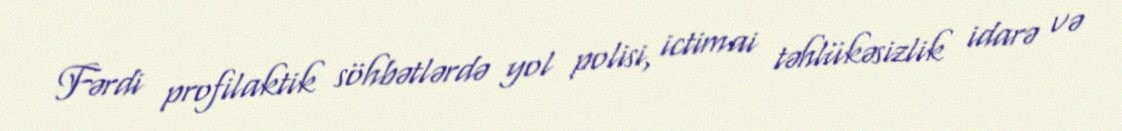
Fərdi profilaktik söhbətlərdə yol polisi, ictimai təhlükəsizlik idarə və